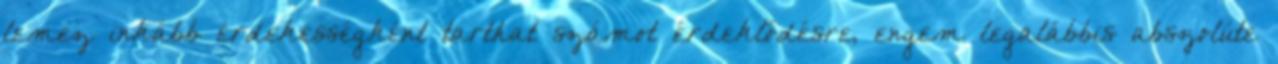
lemez inkább érdekességként tarthat számot érdeklődésre, engem legalábbis abszolúte